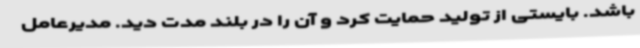
باشد. بایستی از تولید حمایت کرد و آن را در بلند مدت دید. مدیرعامل